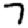
Digit: 7